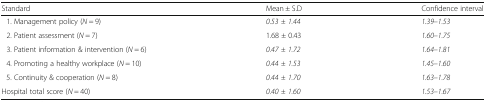
<table><thead><tr><td><b>Standard</b></td><td><b>Mean ± S.D</b></td><td><b>Confidence interval</b></td></tr></thead><tbody><tr><td> 1. Management policy (<i>N</i> = 9)</td><td><i>0.53 ± 1.44</i></td><td><i>1.39–1.53</i></td></tr><tr><td> 2. Patient assessment (<i>N</i> = 7)</td><td>1.68 ± 0.43</td><td><i>1.60–1.75</i></td></tr><tr><td> 3. Patient information &amp; intervention (<i>N</i> = 6)</td><td><i>0.47 ± 1.72</i></td><td><i>1.64–1.81</i></td></tr><tr><td> 4. Promoting a healthy workplace (<i>N</i> = 10)</td><td><i>0.44 ± 1.53</i></td><td><i>1.45–1.60</i></td></tr><tr><td> 5. Continuity &amp; cooperation (<i>N</i> = 8)</td><td><i>0.44 ± 1.70</i></td><td><i>1.63–1.78</i></td></tr><tr><td>Hospital total score (<i>N</i> = 40)</td><td><i>0.40 ± 1.60</i></td><td><i>1.53–1.67</i></td></tr></tbody></table>